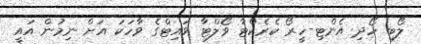
ލޯބި ހޯދި އެންޓި-ހީރޯ ކެރެކްޓާ ވޯލްޓާ ވައިޓްގެ ވާހަކަ އަށް ނިމުން އައީ